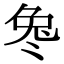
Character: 𫥎